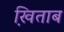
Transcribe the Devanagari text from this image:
खि़ताब